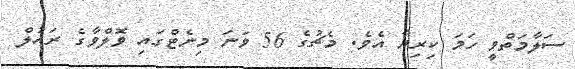
ސަލާމަތްވީ ހަމަ ކިރިޔާ އެވެ. މެޗުގެ 56 ވަނަ މިނެޓްގައި ވޮލްވާގެ ރައުލް